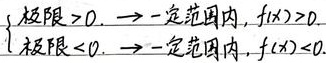
当极限大于0时，在一定范围内，$f(x)>0$；当极限小于0时，在一定范围内，$f(x)<0$，用数学语言表示为：
$\begin{cases}\text{若}\lim\limits_{} > 0, \longrightarrow \text{在一定范围内}, f(x) > 0\\\text{若}\lim\limits_{} < 0, \longrightarrow \text{在一定范围内}, f(x) < 0\end{cases}$